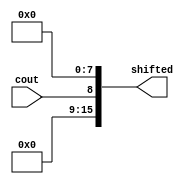
module shift4(
	input cout,
	output [15:0] shifted
);

assign shifted[15:9] = 7'b0;
assign shifted[8] = cout;
assign shifted[7:0] = 8'b0;

endmodule